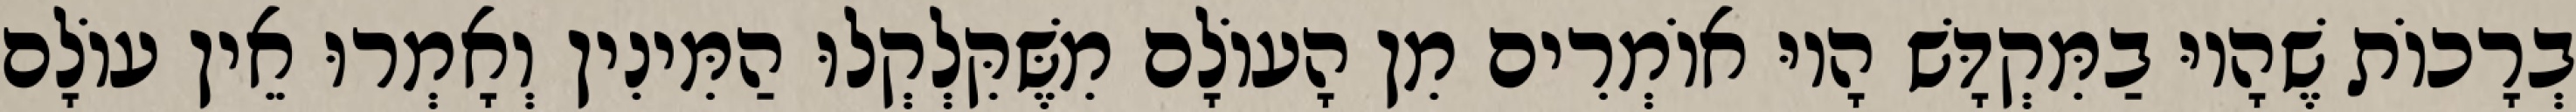
בְרָכוֹת שֶׁהָיוּ בַמִּקְדָּשׁ הָיוּ אוֹמְרִים מִן הָעוֹלָם מִשֶּׁקִּלְקְלוּ הַמִּינִין וְאָמְרוּ אֵין עוֹלָם